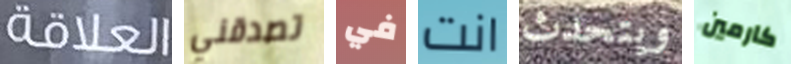
العلاقة تصدقني في انت ويتحدث كارمين